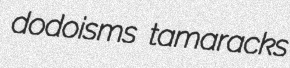
dodoisms tamaracks